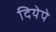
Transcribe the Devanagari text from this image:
दियेपे